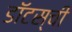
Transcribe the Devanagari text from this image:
डॉटस्‌ची